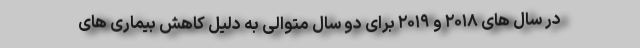
در سال های ۲۰۱۸ و ۲۰۱۹ برای دو سال متوالی به دلیل کاهش بیماری های